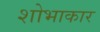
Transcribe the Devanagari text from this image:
शोभाकार